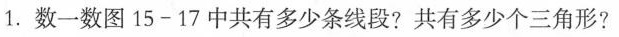
1.数一数图15-17中共有多少条线段?共有多少个三角形?